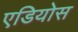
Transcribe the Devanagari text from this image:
एडियोस